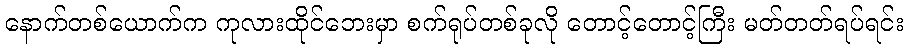
နောက်တစ်ယောက်က ကုလားထိုင်ဘေးမှာ စက်ရုပ်တစ်ခုလို တောင့်တောင့်ကြီး မတ်တတ်ရပ်ရင်း